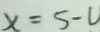
x = 5 - v